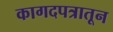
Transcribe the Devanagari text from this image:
कागदपत्रातून